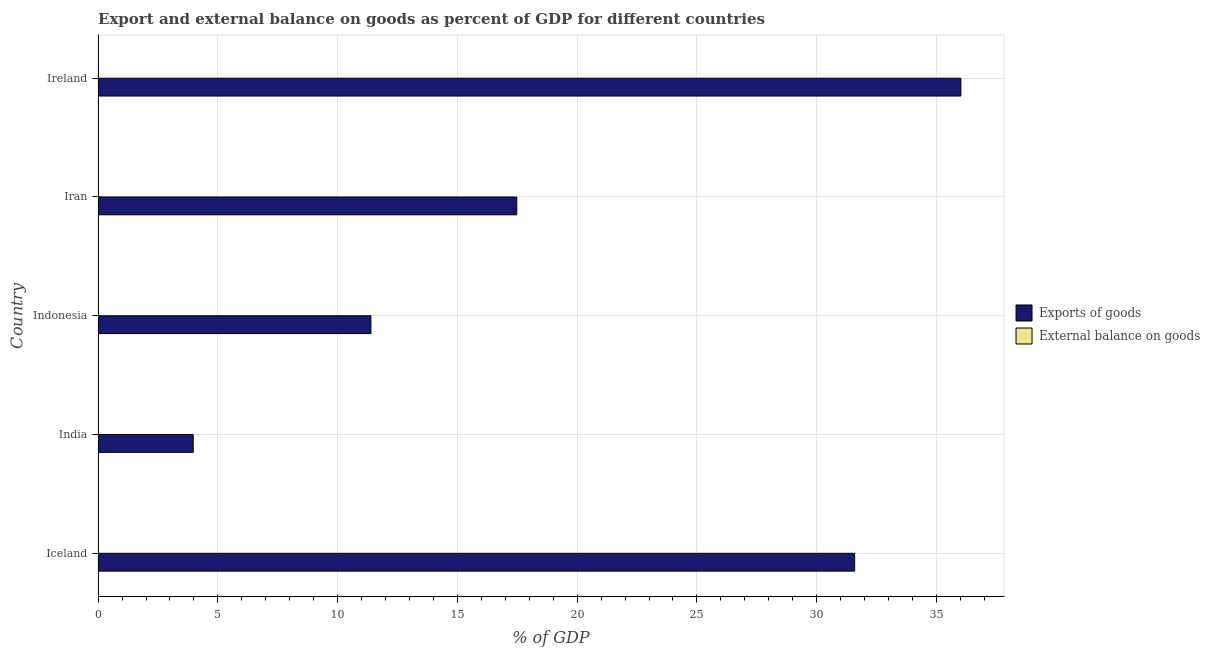
| Country | Exports of goods | External balance on goods |
 | --- | --- | --- |
 | Iceland | 31.6 | -7.8 |
 | India | 3.97 | -0.889 |
 | Indonesia | 11.4 | -3.33 |
 | Iran | 17.5 | -3.03 |
 | Ireland | 36 | -6.81 |